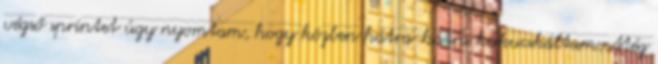
végső sprintet úgy nyomtam, hogy közben hátra-hátra kukucskáltam. Még